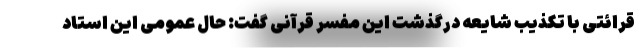
قرائتی با تکذیب شایعه درگذشت این‌ مفسر قرآنی گفت: حال عمومی این استاد